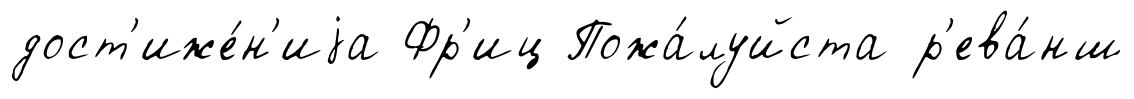
дост'иже́н'иjа Фр'иц Пожа́луйста р'ева́нш